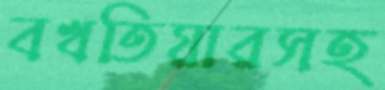
বখতিয়ারসহ